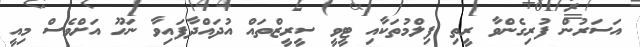
އަސަރުން ފުރިގެންވާ ރީތި ފިލްމުތަކާއި ޓީވީ ސީރީޒްތައް އުދައްދާފައިވާ ނަހޫ އަށްވެސް މިއީ